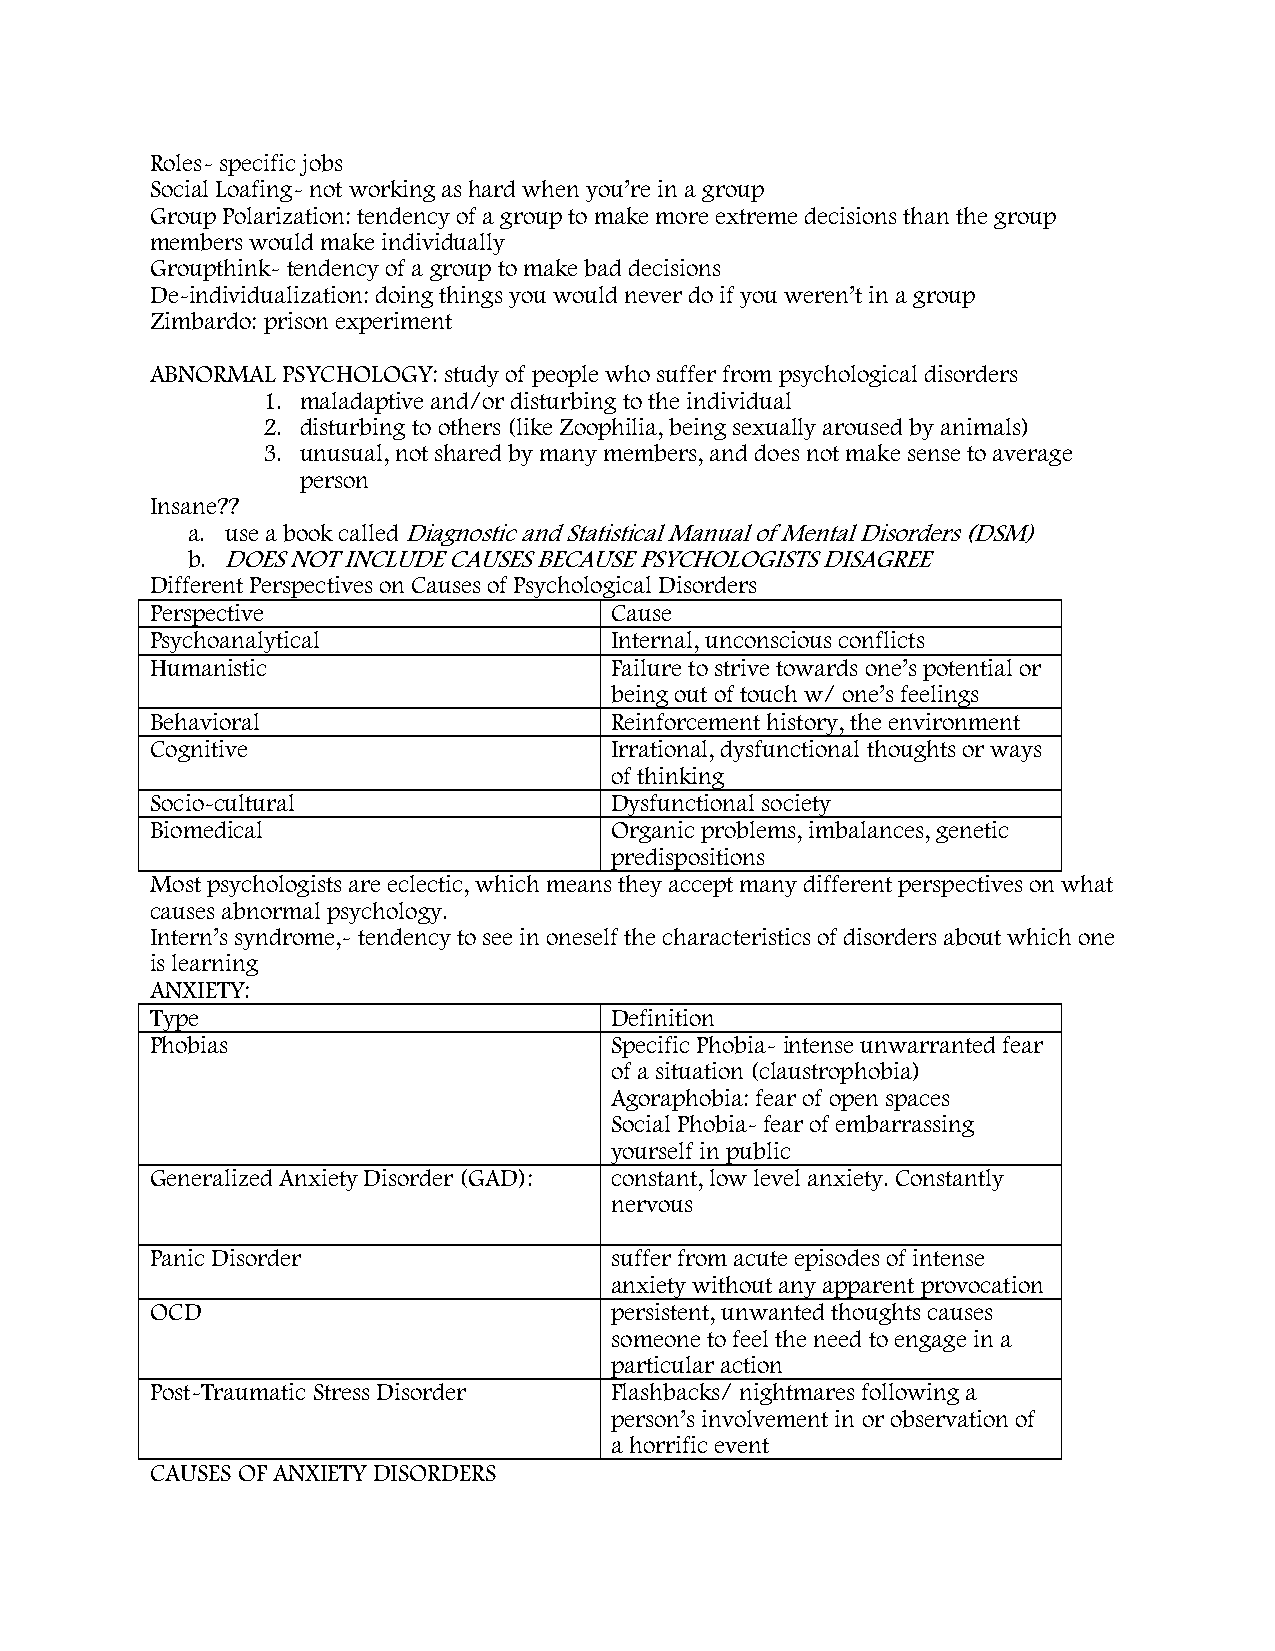
Roles- specific jobs
 Social Loafing- not working as hard when you’re in a group
 Group Polarization: tendency of a group to make more extreme decisions than the group
 members would make individually
 Groupthink- tendency of a group to make bad decisions
 De-individualization: doing things you would never do if you weren’t in a group
 Zimbardo: prison experiment
 ABNORMAL PSYCHOLOGY: study of people who suffer from psychological disorders
 1. maladaptive and/or disturbing to the individual
 2. disturbing to others (like Zoophilia, being sexually aroused by animals)
 3. unusual, not shared by many members, and does not make sense to average
 person
 Insane??
 a. use a book called Diagnostic and Statistical Manual of Mental Disorders (DSM)
 b. DOES NOT INCLUDE CAUSES BECAUSE PSYCHOLOGISTS DISAGREE
 Different Perspectives on Causes of Psychological Disorders
 Perspective                   Cause
 Psychoanalytical              Internal, unconscious conflicts
 Humanistic                    Failure to strive towards one’s potential or
 being out of touch w/ one’s feelings
 Behavioral                    Reinforcement history, the environment
 Cognitive                     Irrational, dysfunctional thoughts or ways
 of thinking
 Socio-cultural                Dysfunctional society
 Biomedical                    Organic problems, imbalances, genetic
 predispositions
 Most psychologists are eclectic, which means they accept many different perspectives on what
 causes abnormal psychology.
 Intern’s syndrome,- tendency to see in oneself the characteristics of disorders about which one
 is learning
 ANXIETY:
 Type                          Definition
 Phobias                       Specific Phobia- intense unwarranted fear
 of a situation (claustrophobia)
 Agoraphobia: fear of open spaces
 Social Phobia- fear of embarrassing
 yourself in public
 Generalized Anxiety Disorder (GAD): constant, low level anxiety. Constantly
 nervous
 Panic Disorder                suffer from acute episodes of intense
 anxiety without any apparent provocation
 OCD                           persistent, unwanted thoughts causes
 someone to feel the need to engage in a
 particular action
 Post-Traumatic Stress Disorder Flashbacks/ nightmares following a
 person’s involvement in or observation of
 a horrific event
 CAUSES OF ANXIETY DISORDERS